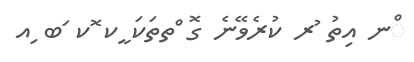
ްނ އިތު ުރ ކުރެވޭނެ ގޮ ްތތަކަ ީކ ޮކ ަބ ިއ